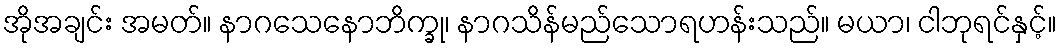
အိုအချင်း အမတ်။ နာဂသေနောဘိက္ခု၊ နာဂသိန်မည်သောရဟန်းသည်။ မယာ၊ ငါဘုရင်နှင့်။